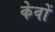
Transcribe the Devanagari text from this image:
केवों